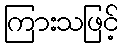
ကြားသဖြင့်